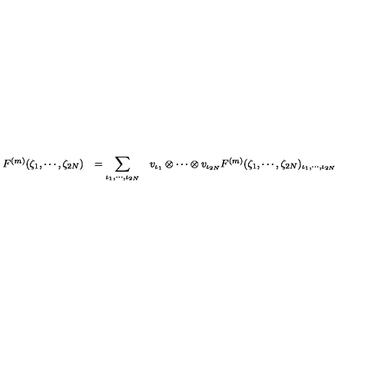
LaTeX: \begin{array} { r c l } { F ^ { ( m ) } ( \zeta _ { 1 } , \cdots , \zeta _ { 2 N } ) } & { = \displaystyle \sum _ { \iota _ { 1 } , \cdots , \iota _ { 2 N } } } & { v _ { \iota _ { 1 } } \otimes \cdots \otimes v _ { \iota _ { 2 N } } F ^ { ( m ) } ( \zeta _ { 1 } , \cdots , \zeta _ { 2 N } ) _ { \iota _ { 1 } , \cdots , \iota _ { 2 N } } } \\ \end{array}